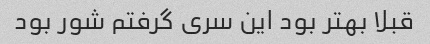
قبلا بهتر بود این سری گرفتم شور بود